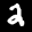
Label: 2